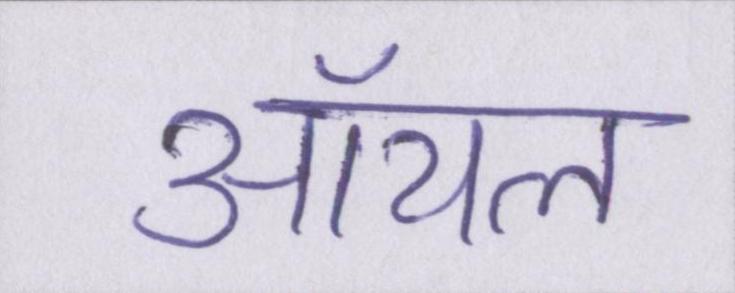
ऑयल